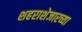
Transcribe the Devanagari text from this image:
शहराशेजारच्या